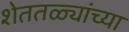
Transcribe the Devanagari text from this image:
शेततळ्यांच्या